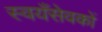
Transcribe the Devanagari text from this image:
स्वयँसेवकों